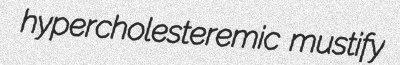
hypercholesteremic mustify